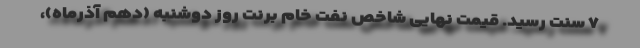
۷ سنت رسید. قیمت نهایی شاخص نفت خام برنت روز دوشنبه (دهم آذرماه)،